Leprosy in India: report of the Leprosy Commission in India, 1890-91
Year: 1890
Disease focus: Leprosy
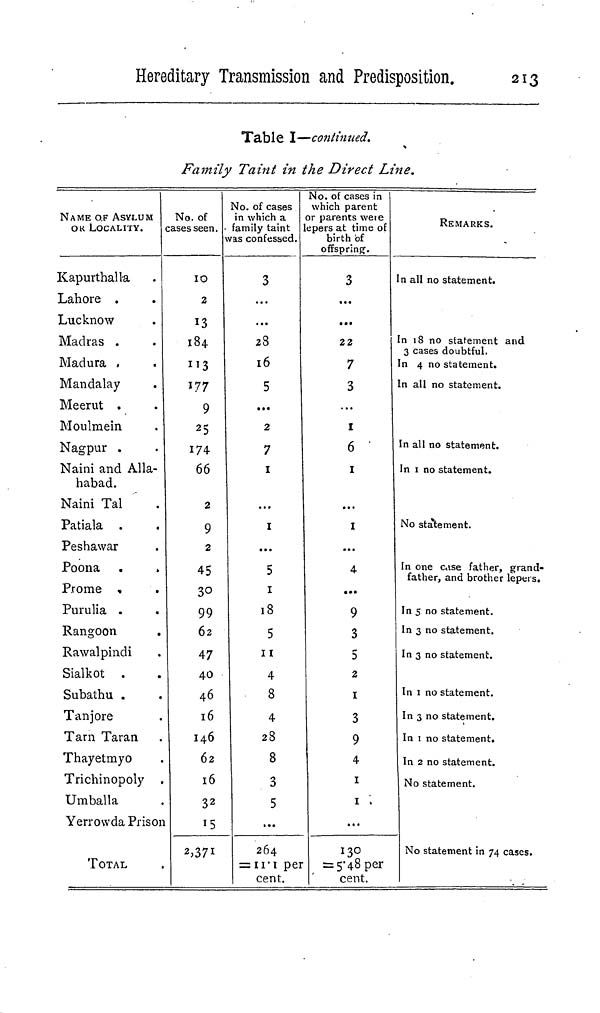
Hereditary Transmission and Predisposition.
213
Table I—continued.
Family Taint in the Direct Line.
NAME OF ASYLUM
OK LOCALITY.
Kapurthalla
Lahore .
Lucknow
Madras .
Madura .
Mandalay
Meerut .
Moulmein
Nagpur .
Naini and Alla-
habad.
Naini Tal
Patiala .
Peshawar
Poona
Prome
Purulia .
Rangoon
Rawalpindi
Sialkot .
Subathu .
Tanjore
Tarn Taran
Thayelmyo
Trichinopoly
Umballa
Yerrowda Priso
TOTAL
No. of
ases seen.
10
2
13
184
177
9
25
174
66
2
9
2
45
30
99
62
47
40
46
16
146
62
16
32
15
2,371
No. of cases
in which a
family taint
as confessed.
3
...
...
28
16
5
...
2
7
1
...
1
...
5
1
18
5
11
4
8
4
28
8
3
5
...
264
= 11.1 per
cent.
No. of cases in
which parent
r parents were
lepers at time of
birth of
offspring.
3
...
...
22
7
3
1
6
1
...
1
...
4
...
9
3
5
2
1
3
9
4
1
1
...
130
= 5.48 per
cent.
REMARKS.
In all no statement.
n 18 no statement and
3 cases doubtful.
n 4 no statement.
n all no statement.
n all no statement.
In 1 no statement.
No statement.
In one case father, grand-
father, and brother lepers.
In 5 no statement.
In 3 no statement.
In 3 no statement.
In 1 no statement.
In 3 no statement.
In 1 no statement.
In 2 no statement.
No statement.
No statement in 74 cases.